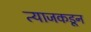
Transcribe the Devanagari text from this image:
त्याजकडून